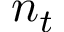
n _ { t }